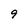
Character: 9